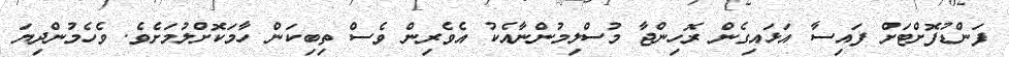
ފަންޑުފޮށްޓަށް ފައިސާ އަޅައިގެން ރޮހިންޖާ މުސްލިމުންނާއެކު އެވެރިން ވެސް ތިބިކަން ހާމަކޮށްލުމަށެވެ. ވެހެމުންދިޔަ